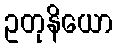
ဥတုနိယော